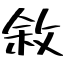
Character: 敘